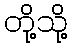
တို့သို့